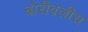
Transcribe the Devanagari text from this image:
बोरीवलीस